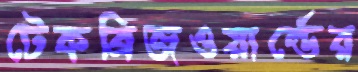
টেকব্রিজওয়ার্ল্ডের